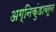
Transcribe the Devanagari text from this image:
अग्निकुंडावरून